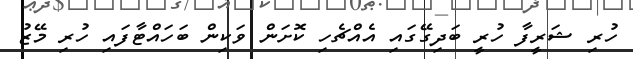
ހުރި ޝަރީފާ ހުރީ ބަދިގޭގައި އެއްޗެހި ކޮށަން ވަކިން ބަހައްޓާފައި ހުރި މޭޒު